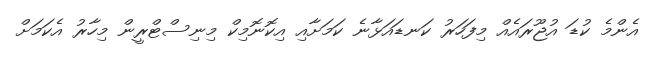
އެންމެ ކުޑަ އުޖޫރައެއް މިފަހަރު ކަނޑައަޅާނެ ކަމަށާއި އިކޮނޮމިކް މިނިސްޓްރީން މިހާރު އެކަމަށް